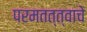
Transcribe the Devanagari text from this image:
परमतत्त्वाचे